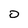
Character: O